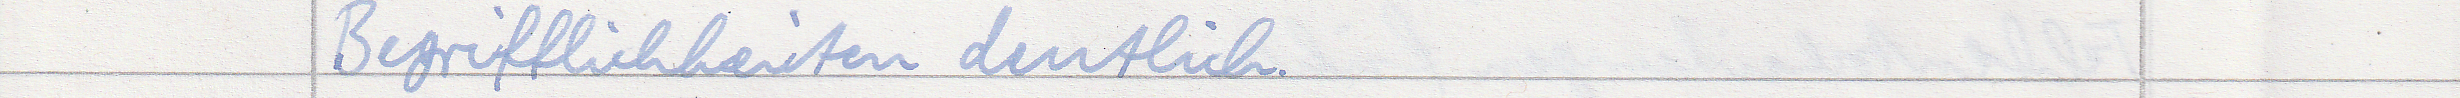
Begrifflichkeiten deutlich.